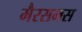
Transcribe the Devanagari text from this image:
मैरसमस